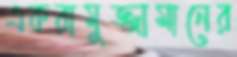
একরামুজ্জামানের